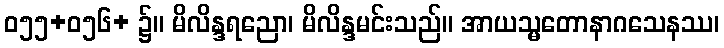
ဝ၅၅+ဝ၅၆+ ၌။ မိလိန္ဒရညော၊ မိလိန္ဒမင်းသည်။ အာယသ္မတောနာဂသေနဿ၊